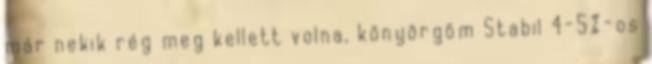
már nekik rég meg kellett volna, könyörgöm Stabil 4-5%-os